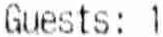
GUESTS: 1